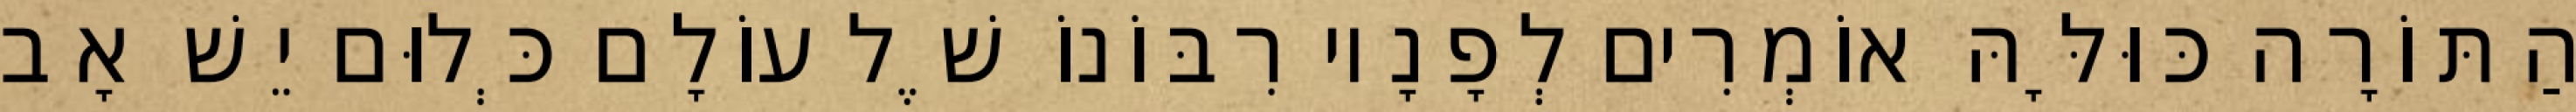
הַתּוֹרָה כּוּלָּהּ אוֹמְרִים לְפָנָיו רִבּוֹנוֹ שֶׁל עוֹלָם כְּלוּם יֵשׁ אָב